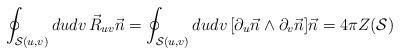
LaTeX: \begin{align*}\oint_{{\cal S}(u,v)} du dv \, \vec{R}_{u v} \vec{n}=\oint_{{\cal S}(u,v)} du dv \, [ \partial_u \vec{n} \wedge \partial_v \vec{n} ] \vec{n}=4\pi Z({\cal S})\end{align*}